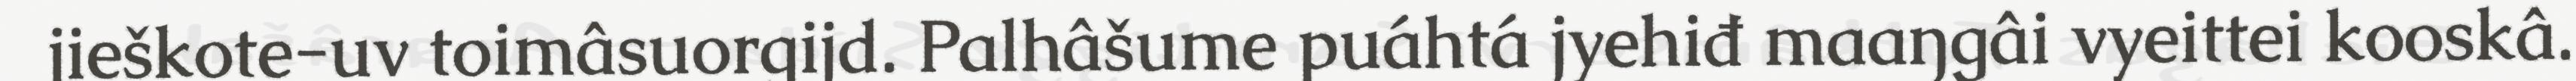
jieškote-uv toimâsuorgijd. Palhâšume puáhtá jyehiđ maaŋgâi vyeittei kooskâ.